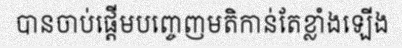
បានចាប់ផ្តើមបញ្ចេញមតិកាន់តែខ្លាំងឡើង